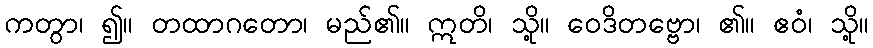
ကတွာ၊ ၍။ တထာဂတော၊ မည်၏။ ဣတိ၊ သို့။ ဝေဒိတဗ္ဗော၊ ၏။ ဧဝံ၊ သို့။